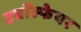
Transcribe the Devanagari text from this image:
टर्बोस्फेयर